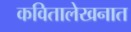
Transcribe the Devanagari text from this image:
कवितालेखनात